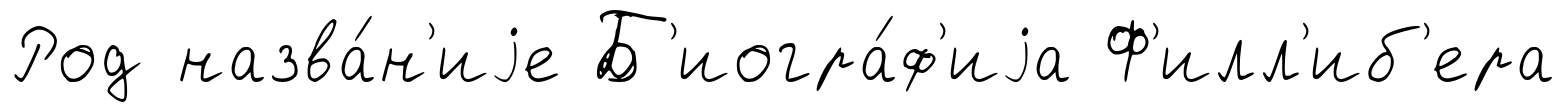
Род назва́н'иjе Б'иогра́ф'иjа Ф'илл'иб'ера